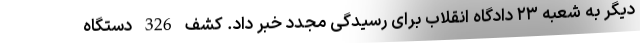
دیگر به شعبه ۲۳ دادگاه انقلاب برای رسیدگی مجدد خبر داد. کشف 326 دستگاه